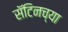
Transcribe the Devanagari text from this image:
सॅटिनच्या